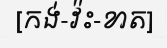
[កង់-វ៉ះ-ខាត]